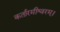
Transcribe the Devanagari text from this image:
कर्तारमीश्वरम्।